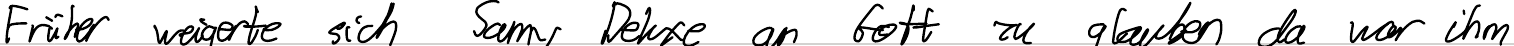
Früher weigerte sich Samy Deluxe an Gott zu glauben da war ihm